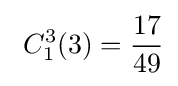
\ C_{1}^{3}(3)={\frac {17}{49}}